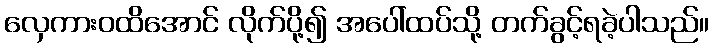
လှေကားဝထိအောင် လိုက်ပို့၍ အပေါ်ထပ်သို့ တက်ခွင့်ရခဲ့ပါသည်။